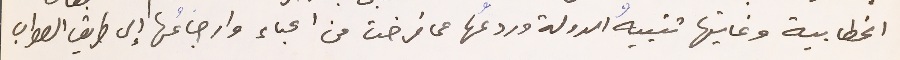
الخطابية وغايتها تنبيهُ الدولة وردعُها عما فرضت من اعباء وارجاعُها إلى طريق الصواب